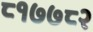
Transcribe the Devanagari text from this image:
८१७७८२